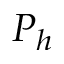
P _ { h }